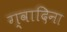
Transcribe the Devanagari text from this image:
ग्वादिना